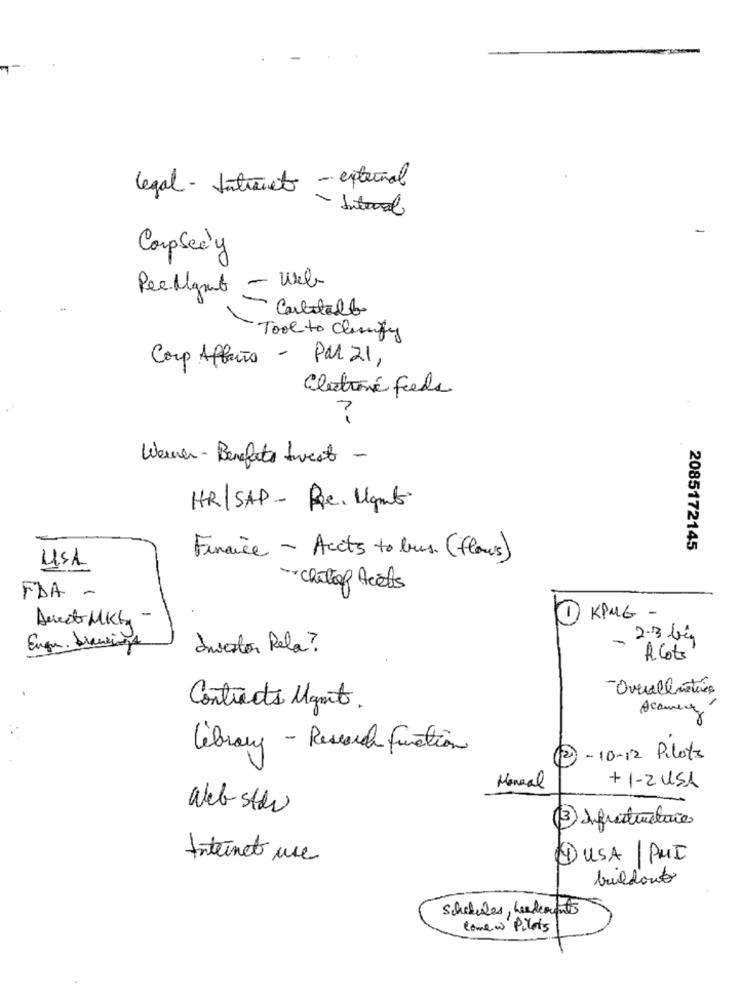
legal - Intranet - external
- Internal
Corpseely
50
Ree Mgmt - Web
Carbetalt
Tool to Clarify
Corp Affects - PM 21,
Electroné Feeds
7
Werner - Benefits Sweat -
HR/SAP- Re. Ugmt.
2085172145
Finance - Accts to bus. (flows)
USA
-Chitaof Arêtes
FDA -
Direct Mkt -
KPMG -
2.3 bis
Engu. branzino
Investor Rela?
-
flots
-Overallmatics
Contracts Mgmt.
library - Research Function
2 - 10-12 Pilots
Manual
+ 1-2 USA
Web star
3 Infrastructure
Internet use
DUSA PHI
buildout
schedules, headcount
come w Pilots